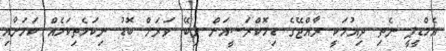
އެމްޑީޕީ ނެތި ދިއުމަކީ ރާއްޖޭގެ ޑިމޮކްރަސީއަށް ލިބޭ ވަރަށް ބޮޑު ނިކަމެތިކަމެއް ކަމަށާއި